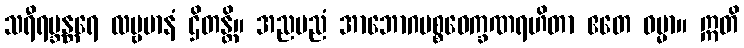
သရီရဗ္ဘန္တရေ လမ္ဗမာနံ ဌိတန္တိ။ အညမညံ အာဘောဂပစ္စဝေက္ခဏရဟိတာ ဧတေ ဓမ္မာ။ ဣတိ